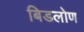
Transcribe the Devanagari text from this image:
बिडलोण